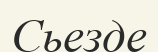
Сьезде